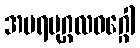
အပရပုဂ္ဂလဝဂ္ဂေါ